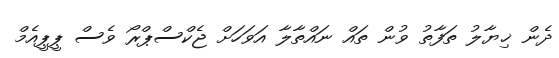
ދެން ޚިޔާލު ތަފާތު ވުން ތައް ނައްތާލާ އަވަހަށް ޖެކްސްޕްރޯ ވެސް ޕީޕީއެމް